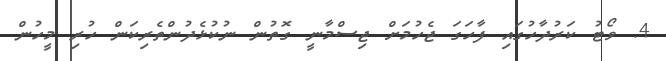
4. ވޯޓު ކަރުދާހުގައި ފާހަގަ ޖެހުމަށް ޖިސްމާނީ ގޮތުން ނުކުޅެދުންތެރިކަން ހުރި މީހުން